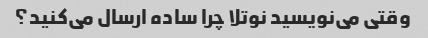
وقتی می‌نویسید نوتلا چرا ساده ارسال می‌کنید؟